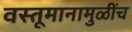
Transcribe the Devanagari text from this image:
वस्तूमानामुळींच